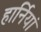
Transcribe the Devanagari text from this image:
हार्नियां